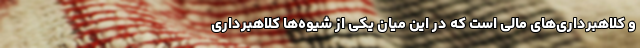
و کلاهبرداری‌های مالی است که در این میان یکی از شیوه‌ها کلاهبرداری